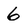
Character: 6